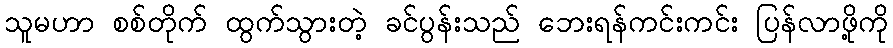
သူမဟာ စစ်တိုက် ထွက်သွားတဲ့ ခင်ပွန်းသည် ဘေးရန်ကင်းကင်း ပြန်လာဖို့ကို